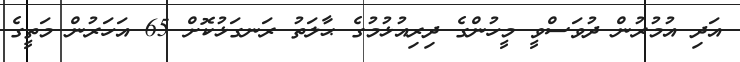
އަދި އުމުރުން ދުވަސްވީ މީހުންގެ ދިރިއުޅުމުގެ ޙާލަތު ރަނގަޅުކޮށް 65 އަހަރުން މަތީގެ